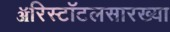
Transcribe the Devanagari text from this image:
ॲरिस्टॉटलसारख्या